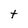
Character: t